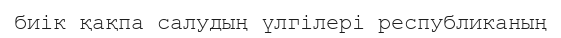
биік қақпа салудың үлгілері республиканың